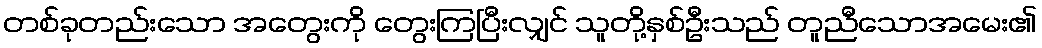
တစ်ခုတည်းသော အတွေးကို တွေးကြပြီးလျှင် သူတို့နှစ်ဦးသည် တူညီသောအမေး၏